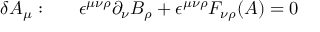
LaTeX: \delta A _ { \mu } : ~ ~ ~ ~ ~ \epsilon ^ { \mu \nu \rho } \partial _ { \nu } B _ { \rho } + \epsilon ^ { \mu \nu \rho } F _ { \nu \rho } ( A ) = 0